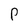
Character: p